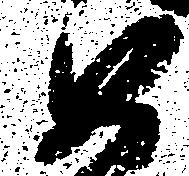
如